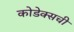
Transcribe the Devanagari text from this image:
कोडेक्सची